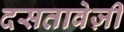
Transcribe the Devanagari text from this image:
दसतावेज़ी